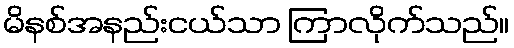
မိနစ်အနည်းငယ်သာ ကြာလိုက်သည်။